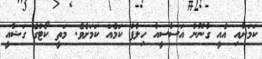
ކަމަށާއި އެއީ ގާނޫނު އަސާސީއާ ހިލާފު ކަމެއް ކަމަށެވެ. މަތީ ކޯޓުގެ ގަޟާއީ